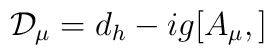
{\cal{D}}_{\mu} = d_{h} -i g [A_{\mu}, ]